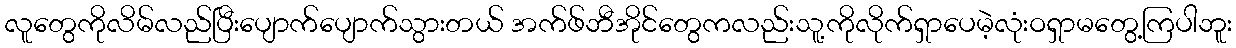
လူတွေကိုလိမ်လည်ပြီးပျောက်ပျောက်သွားတယ် အက်ဖ်ဘီအိုင်တွေကလည်းသူ့ကိုလိုက်ရှာပေမဲ့လုံးဝရှာမတွေ့ကြပါဘူး